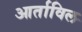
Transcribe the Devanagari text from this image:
आर्ताविल